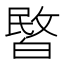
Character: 𭽞